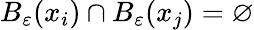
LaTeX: B_{\varepsilon}(x_{i})\cap B_{\varepsilon}(x_{j})=\varnothing